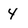
Character: 4